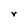
Character: r